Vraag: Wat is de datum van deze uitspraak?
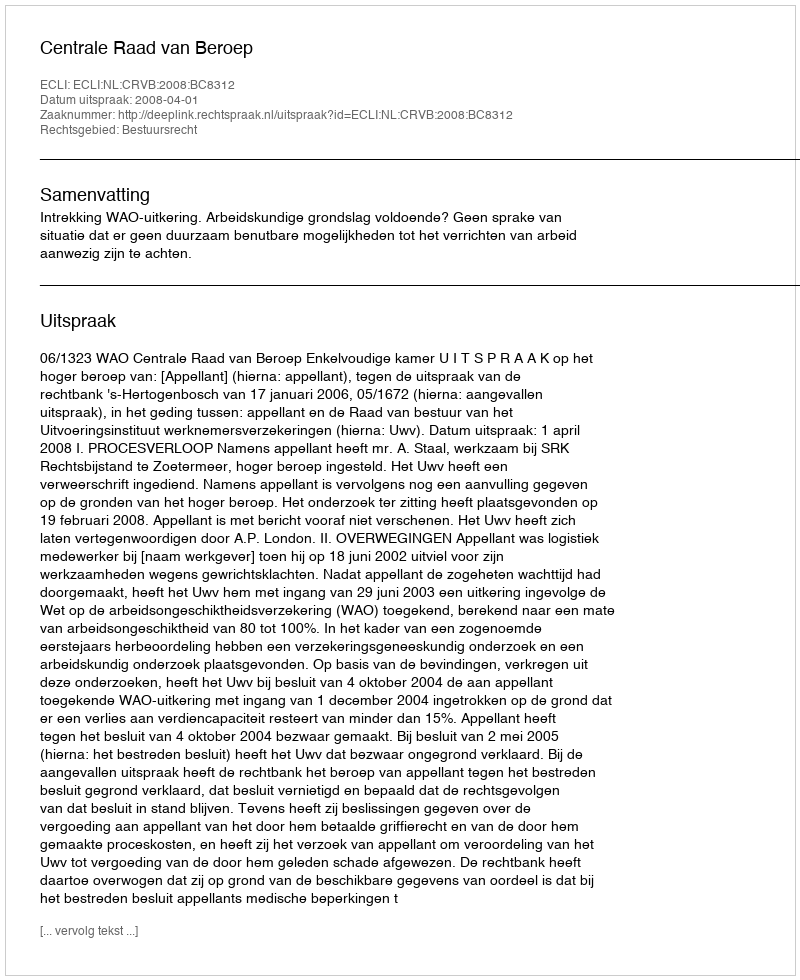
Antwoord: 2008-04-01